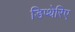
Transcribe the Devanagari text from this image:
डिप्थेरिए